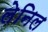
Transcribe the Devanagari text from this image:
लेनिल